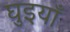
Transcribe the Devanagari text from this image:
घुइयाँ